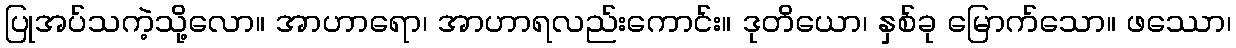
ပြုအပ်သကဲ့သို့လော။ အာဟာရော၊ အာဟာရလည်းကောင်း။ ဒုတိယော၊ နှစ်ခု မြောက်သော။ ဖဿော၊